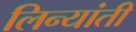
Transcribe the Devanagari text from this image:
लिन्यांती